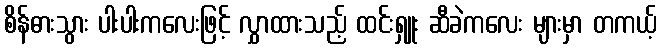
စိန်ဓားသွား ပါးပါးကလေးဖြင့် လွှာထားသည့် ထင်းရှူး ဆီခဲကလေး များမှာ တကယ့်